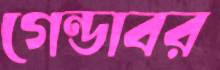
গেন্ডাবর